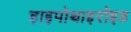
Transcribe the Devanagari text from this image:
हाइपोथाइरॉइड